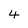
Character: 4